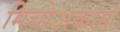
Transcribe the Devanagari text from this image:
मिचोअकान